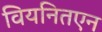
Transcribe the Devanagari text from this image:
वियनितएन